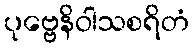
ပုဗ္ဗေနိဝါသစရိတံ